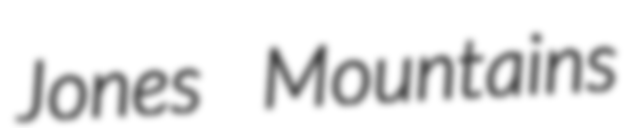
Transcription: Jones Mountains